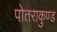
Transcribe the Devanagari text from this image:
पोतराकुण्ड